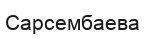
Сарсембаева